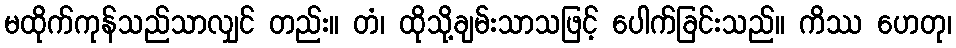
မထိုက်ကုန်သည်သာလျှင် တည်း။ တံ၊ ထိုသို့ချမ်းသာသဖြင့် ပေါက်ခြင်းသည်။ ကိဿ ဟေတု၊